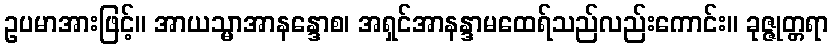
ဥပမာအားဖြင့်။ အာယသ္မာအာနန္ဒောစ၊ အရှင်အာနန္ဒာမထေရ်သည်လည်းကောင်း။ ခုဇ္ဇုတ္တရာ